Vaccination in Bombay 1924-1928 - 1924-1928
Year: 1924
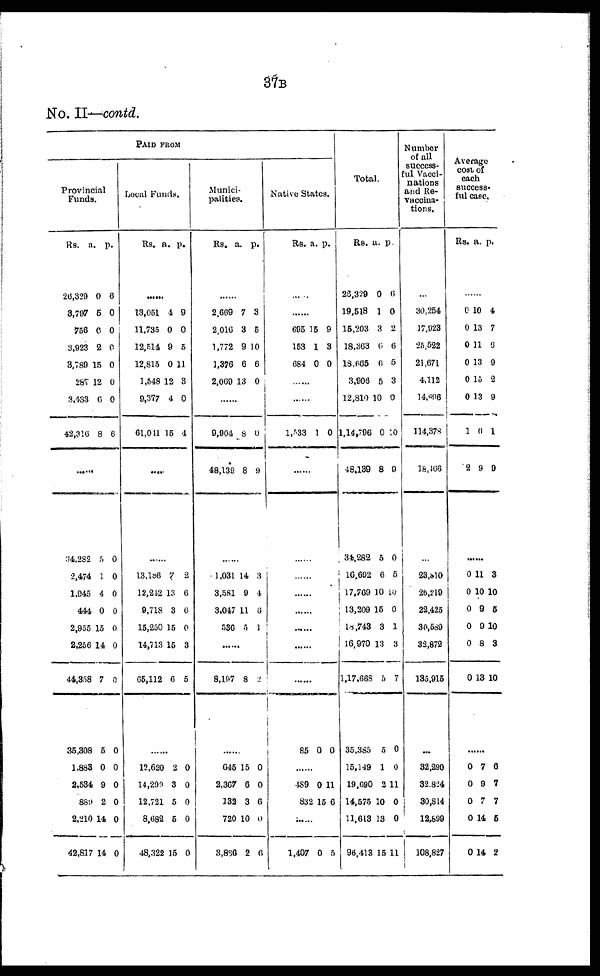
37B
No. II—contd.
PAID FROM
Provincial
Funds.
Rs.
26,329
3,797
756
3,923
3,789
267
3,433
42,316
a.
0
5
0
2
15
12
6
8
p.
6
0
0
0
0
0
0
6
......
34,282
2,474
1,945
444
2,955
2,256
44,358
35,308
1,888
2,534
889
2,210
42,817
5
1
4
0
15
14
7
5
0
9
2
14
14
0
0
0
0
0
0
0
0
0
0
0
0
0
Local Funds.
Rs.
a. p.
......
13,051
11,735
12,514
12,815
1,548
9,377
61,011
4
0
9
0
12
4
15
9
0
5
11
3
0
4
......
......
13,186
12,242
9,718
15,250
14,713
65,112
7
13
3
15
15
6
2
6
6
0
3
5
......
15,620
14,299
12,721
8,682
48,322
2
3
5
5
15
0
0
0
0
0
Munici-
palities.
Rs.
a. p.
......
2,669
2,016
1,772
1,376
2,069
7
3
9
6
13
3
5
10
6
0
......
9,904
48,139
8
8
0
9
......
1,031
3,581
3,047
536
14
9
11
5
3
4
6
1
......
8,107 8 2
......
645
2,367
132
720
3,886
15
6
3
10
2
0
0
6
0
6
Native States.
Rs. a. p.
......
......
695
153
684
15
1
0
9
3
0
......
......
1,533 1 0
......
......
......
......
......
......
......
......
85 0 0
......
489
832
0
15
11
6
......
1,407 0 5
Total.
Rs.
26,329
19,518
15,203
18,363
18,665
3,906
12,810
1,14,796
48,139
34,282
10,692
17,769
13,209
18,743
16,970
1,17,668
35,385
15,149
19,690
14,575
11,613
96,413
a.
0
1
3
6
6
5
10
0
8
5
6
10
15
3
13
5
5
1
2
10
13
15
p.
6
0
2
6
5
3
0
10
9
0
5
10
0
1
3
7
0
0
11
0
0
11
Number
of all
success-
ful Vacci-
nations
and Re-
vaccina-
tions.
...
30,254
17,023
25,522
21,671
4,112
14,896
114,378
18,166
...
23,010
26,210
22,425
30,589
32,872
135,915
...
32,290
32,824
30,814
12,899
108,827
Average
cost of
each
success-
ful case.
Rs. a. p.
......
0
0
0
0
0
0
1
2
10
13
11
13
15
13
0
9
4
7
6
9
2
9
1
9
......
0
0
0
0
0
0
11
10
9
9
8
13
3
10
5
10
3
10
......
0
0
0
0
0
7
9
7
14
14
6
7
7
5
2